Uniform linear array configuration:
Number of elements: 4
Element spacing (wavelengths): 0.75
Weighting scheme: binomial
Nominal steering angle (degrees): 60
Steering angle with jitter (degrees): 60.151
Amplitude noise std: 0.05
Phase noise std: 0.05

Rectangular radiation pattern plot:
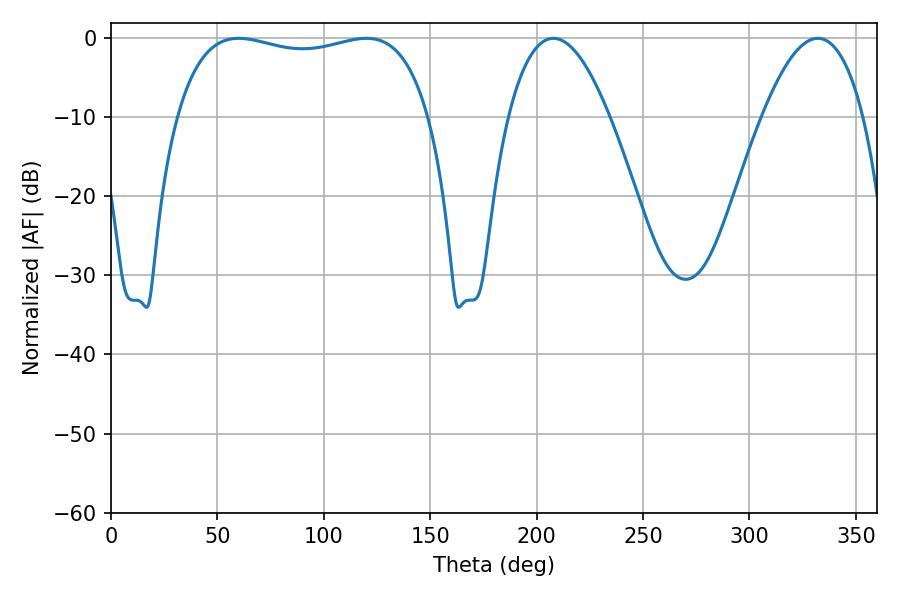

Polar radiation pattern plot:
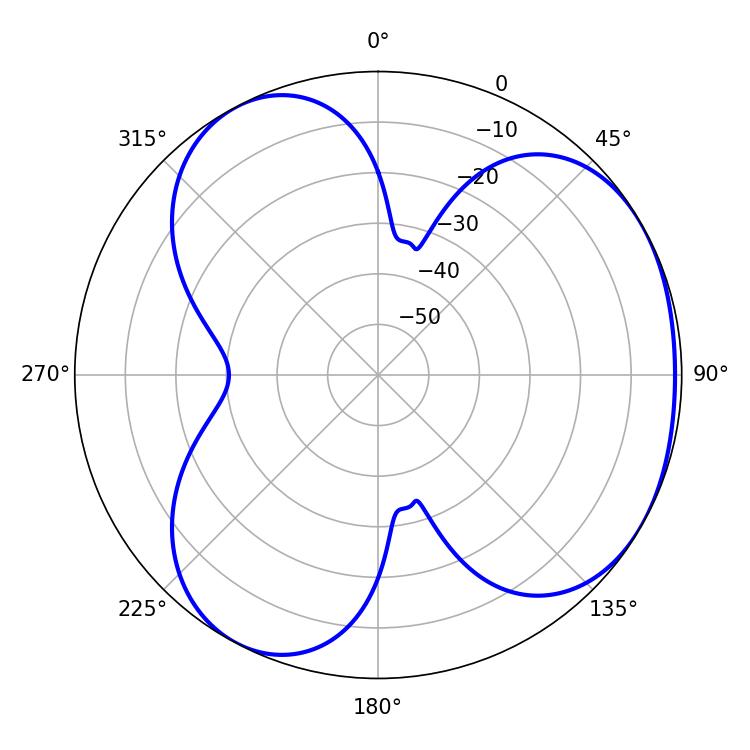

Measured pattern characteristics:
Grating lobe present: TRUE
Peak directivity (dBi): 3.671
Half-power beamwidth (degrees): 96.48
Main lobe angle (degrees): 59.94